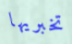
تخبريها